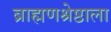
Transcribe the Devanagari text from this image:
ब्राह्मणश्रेष्ठाला